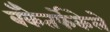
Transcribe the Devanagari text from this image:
बँकेतर्फेकेले